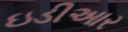
ઇડીઆર